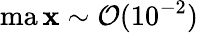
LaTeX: \operatorname*{ma\mathbf{x}}\sim\mathcal{{O}}(10^{-2})